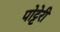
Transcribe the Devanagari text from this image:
पोट्टेरी